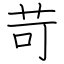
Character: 苛